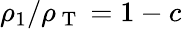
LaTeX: \rho_{1}/\rho_{\mathrm{~T~}}=1-c